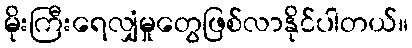
မိုးကြီးရေလျှံမှုတွေဖြစ်လာနိုင်ပါတယ်။